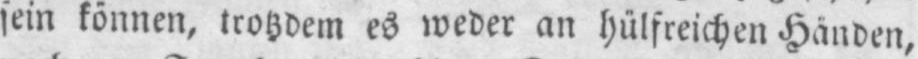
sein können, trotzdem es weder an hülfreichen Händen,